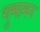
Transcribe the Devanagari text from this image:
शुभामन